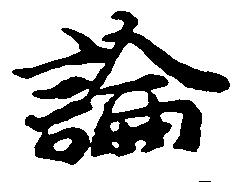
論